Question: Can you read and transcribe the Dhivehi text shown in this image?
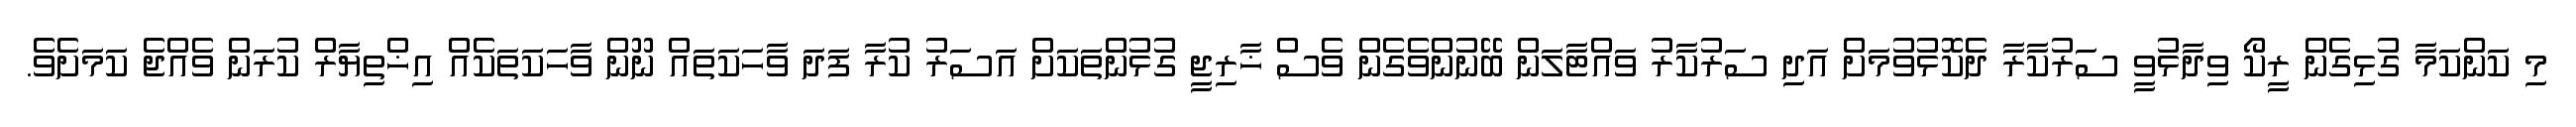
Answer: މި ކަންކަމާ ގުޅިގެން ރީކޯ ވިދާޅުވީ ސަރުކާރާ ދެކޮޅުވުމަށް އަދި ސަރުކާރު ވައްޓާލަން ބޭނުންވެގެން ވެސް ޚާރިޖީ ގުޅުންތަކަށް އަސަރު ކުރާ ފަދަ ވާހަކަތައް ނޫން ވާހަކަތަކެއް އިޚްތިޔާރް ކުރަން ވެއްޖެ ކަމަށެވެ.